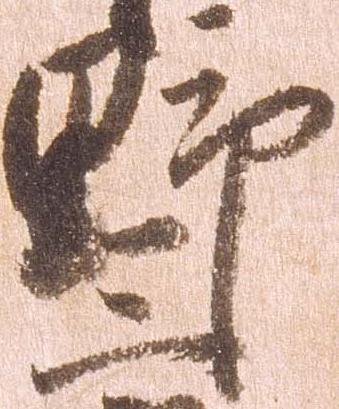
野